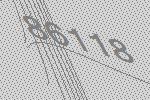
86118